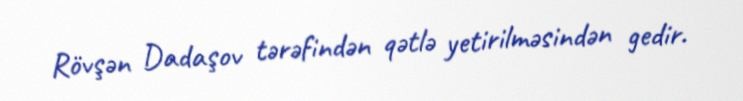
Rövşən Dadaşov tərəfindən qətlə yetirilməsindən gedir.